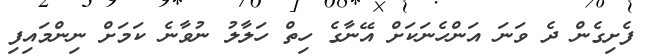
ފެށިގެން ދެ ވަނަ އަންހެނަކަށް އޭނާގެ ހިތް ހަލާލު ނުވާނެ ކަމަށް ނިންމައިފި